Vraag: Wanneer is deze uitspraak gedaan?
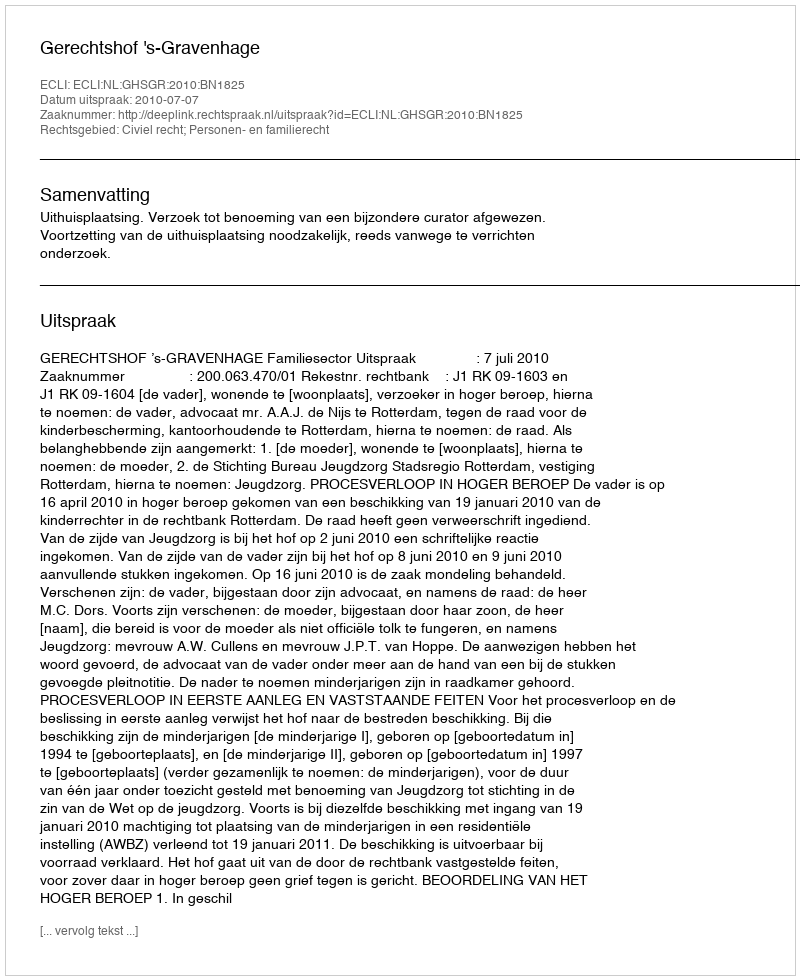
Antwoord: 2010-07-07